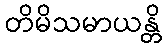
တိမိသမာယန္တိ